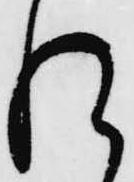
れ